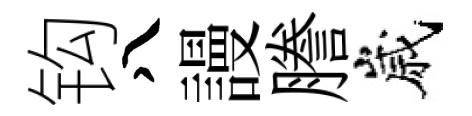
钩八謾謄嵗